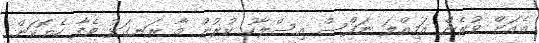
ޢެއަށް ވުރެން އަމިއްލަ ނަފްސް އިސްލާހު ކުރުން މާ ރަނގަޅު ވެފާ ހެޔޮކަން